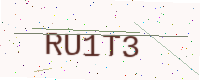
Text: RU1T3